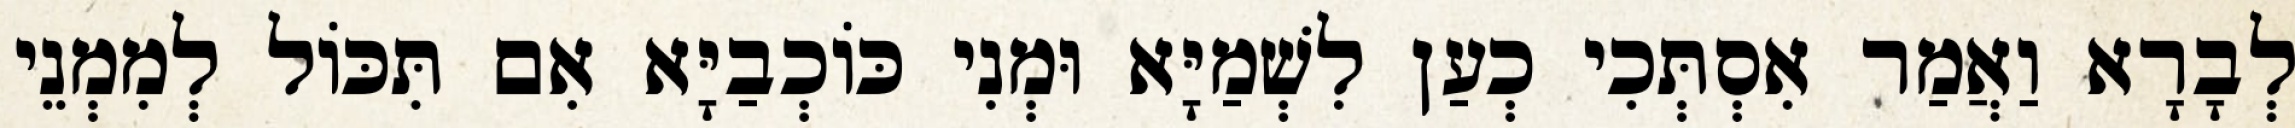
לְבָרָא וַאֲמַר אִסְתְּכִי כְעַן לִשְׁמַיָּא וּמְנִי כּוֹכְבַיָּא אִם תִּכּוֹל לְמִמְנֵי